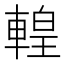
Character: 𨍧